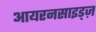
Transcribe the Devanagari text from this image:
आयरनसाइड्ज़